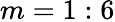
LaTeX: m=1:6